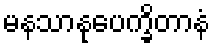
မနသာနုပေက္ခိတာနံ